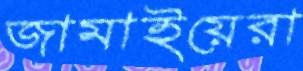
জামাইয়েরা